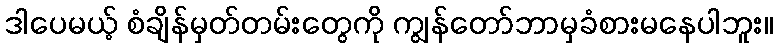
ဒါပေမယ့် စံချိန်မှတ်တမ်းတွေကို ကျွန်တော်ဘာမှခံစားမနေပါဘူး။